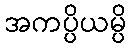
အကပ္ပိယမ္ပိ